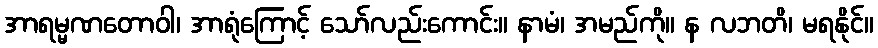
အာရမ္မဏတောဝါ၊ အာရုံကြောင့် သော်လည်းကောင်း။ နာမံ၊ အမည်ကို။ န လဘတိ၊ မရနိုင်။